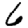
Digit: 6